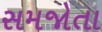
સમજોતા